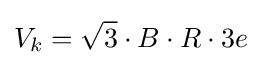
V_{k}={\sqrt {3}}\cdot B\cdot R\cdot 3e